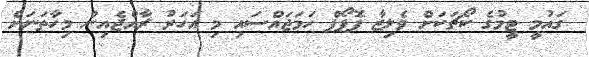
ގައުމީ ޓީމުގެ ކޯޗަކަށް ވެލިޒާ ޕޮޕޯފް ހަމަޖައްސައި މި އަހަރު ރާއްޖެއިން މިހާތަނަށް